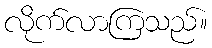
လိုက်လာကြသည်။